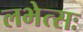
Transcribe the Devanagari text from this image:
लभेत्सः